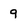
Character: 9